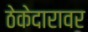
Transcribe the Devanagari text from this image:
ठेकेदारावर